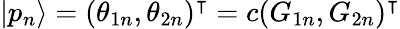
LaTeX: |p_{n}\rangle=(\theta_{1n},\theta_{2n})^{\intercal}=c(G_{1n},G_{2n})^{\intercal}